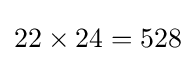
22\times 24=528